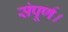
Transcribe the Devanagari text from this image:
संपूर्ण।